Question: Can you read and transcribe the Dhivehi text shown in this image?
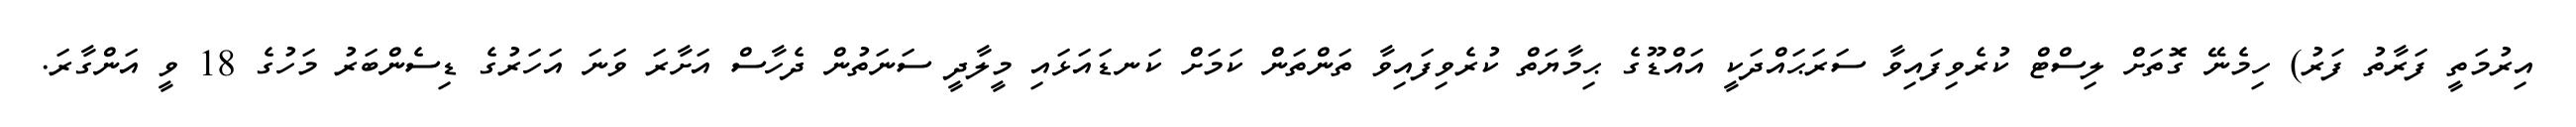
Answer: އިރުމަތީ ފަރާތު ފަރު) ހިމެނޭ ގޮތަށް ލިސްޓް ކުރެވިފައިވާ ސަރަޙައްދަކީ އައްޑޫގެ ޙިމާޔަތް ކުރެވިފައިވާ ތަންތަން ކަމަށް ކަނޑައަޅައި މީލާދީ ސަނަތުން ދެހާސް އަށާރަ ވަނަ އަހަރުގެ ޑިސެންބަރު މަހުގެ 18 ވީ އަންގާރަ.